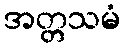
အတ္တသမံ